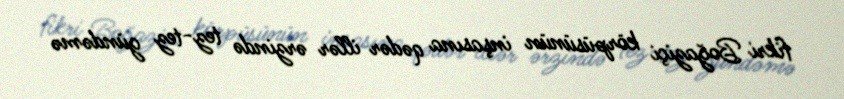
fikri Boğaziçi körpüsünün inşasına qədər illər ərzində tez-tez gündəmə